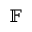
\mathbb { F }